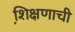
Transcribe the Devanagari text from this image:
शि़क्षणाची